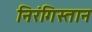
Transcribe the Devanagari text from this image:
निरंगिस्तान